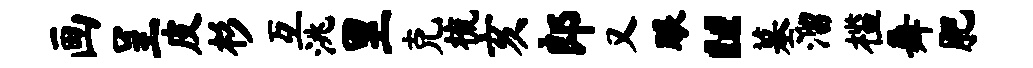
画呈皮杉互洮里克梳亥郎又眼“墓溜槛舞肥